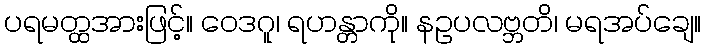
ပရမတ္ထအားဖြင့်။ ဝေဒဂူ၊ ရဟန္တာကို။ နဥပလဗ္ဘတိ၊ မရအပ်ချေ။